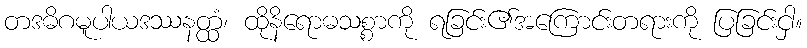
တဒဓိဂမူပါယဒဿနတ္ထံ၊ ထိုနိရောဓသစ္စာကို ရခြင်း၏အကြောင်းတရားကို ပြခြင်းငှါ။